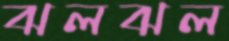
ঝলঝল